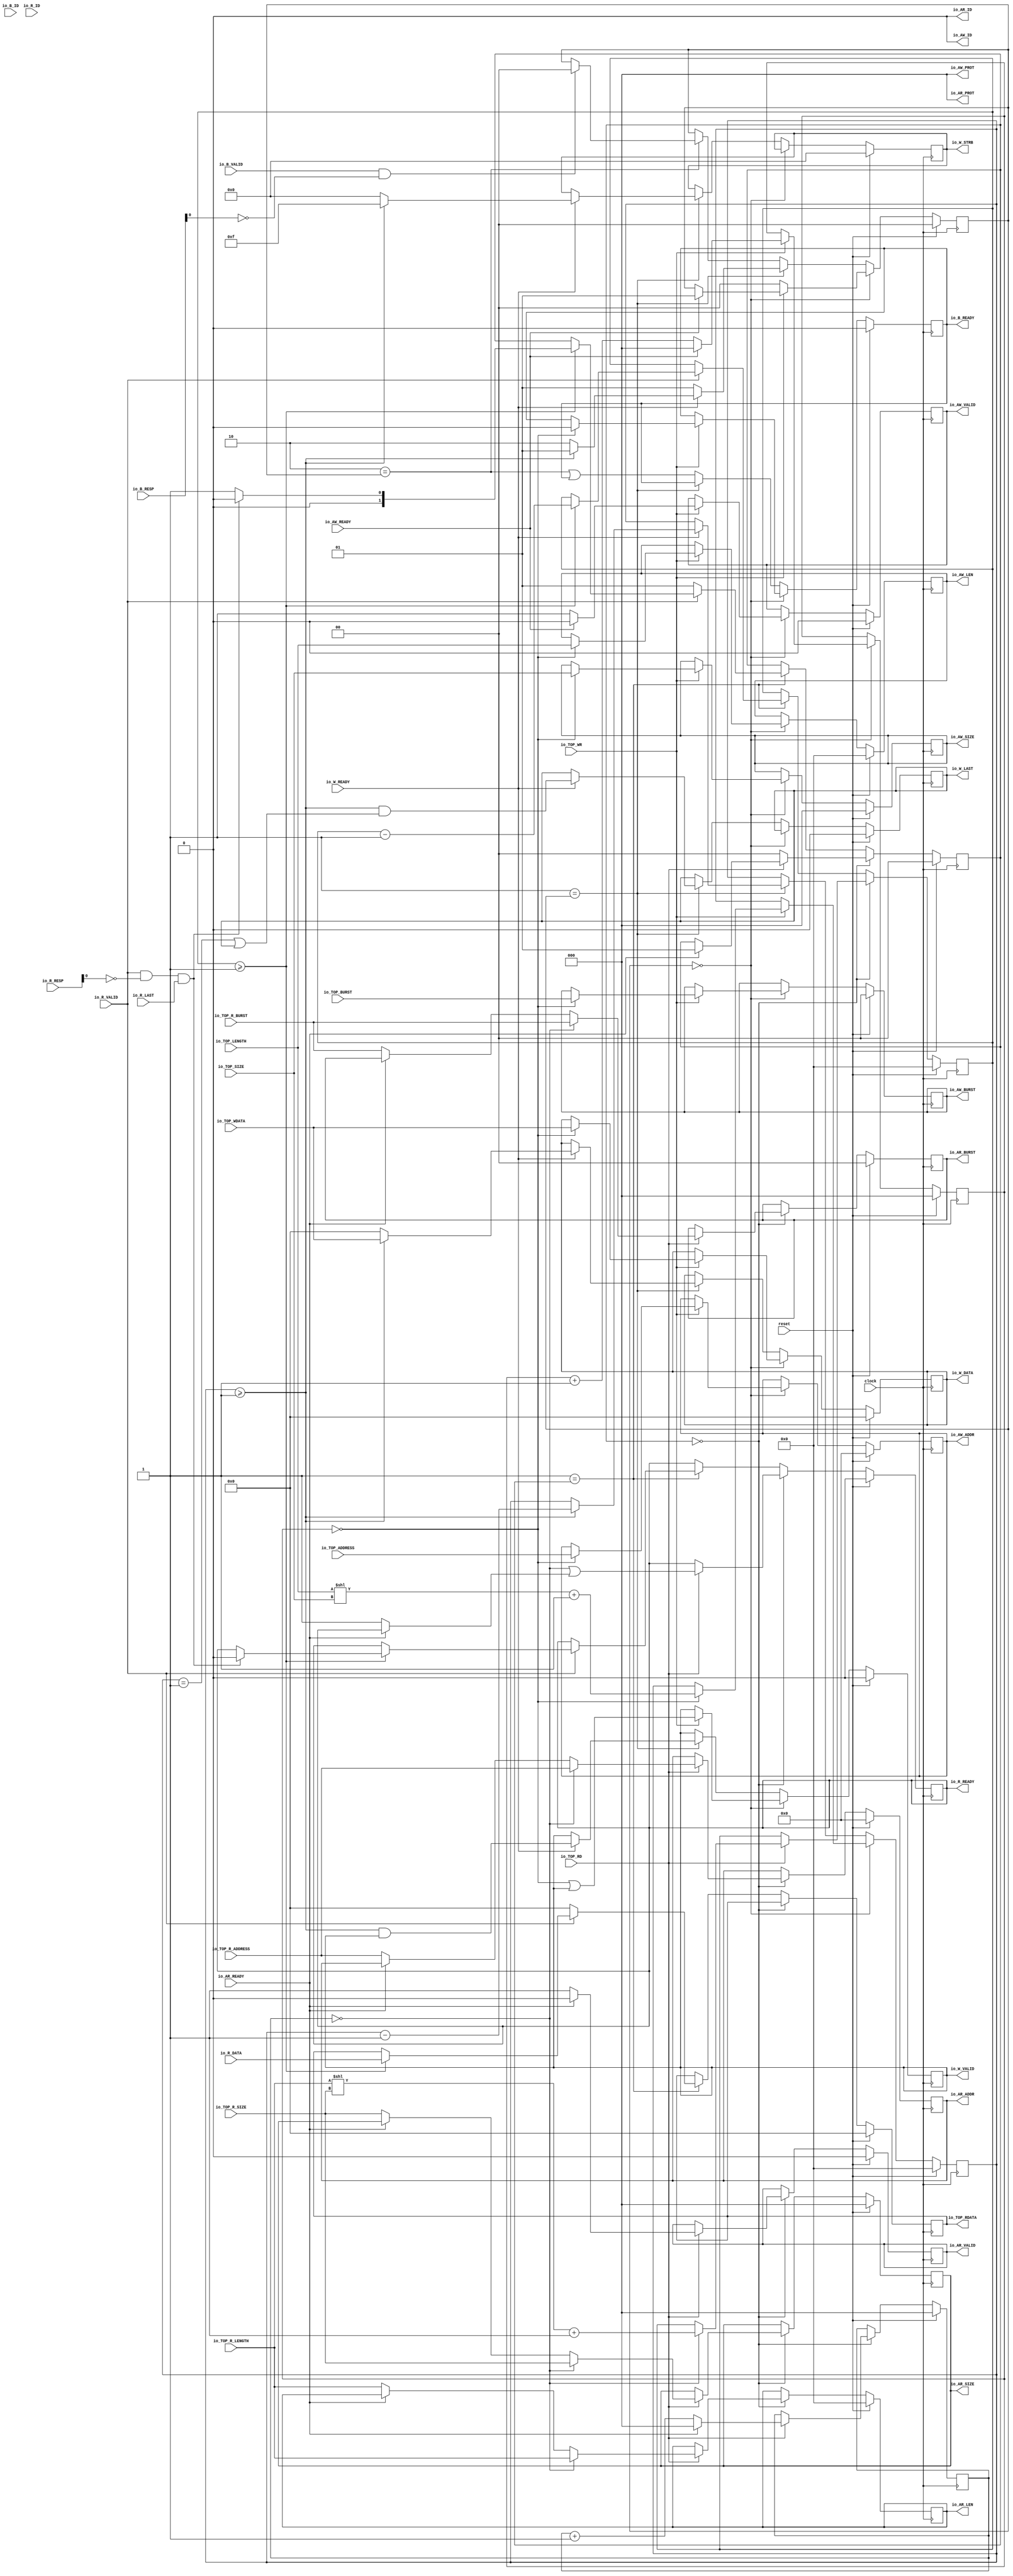
module Top(
  input         clock,
  input         reset,
  input         io_TOP_WR,
  input         io_TOP_RD,
  input  [5:0]  io_TOP_ADDRESS,
  input  [31:0] io_TOP_WDATA,
  input  [7:0]  io_TOP_LENGTH,
  input  [1:0]  io_TOP_BURST,
  input  [2:0]  io_TOP_SIZE,
  output [31:0] io_TOP_RDATA,
  input  [5:0]  io_TOP_R_ADDRESS,
  input  [7:0]  io_TOP_R_LENGTH,
  input  [1:0]  io_TOP_R_BURST,
  input  [2:0]  io_TOP_R_SIZE,
  output [1:0]  io_AW_BURST,
  output [5:0]  io_AW_ADDR,
  output [7:0]  io_AW_LEN,
  output [2:0]  io_AW_SIZE,
  output        io_AW_ID,
  input         io_AW_READY,
  output        io_AW_VALID,
  output [2:0]  io_AW_PROT,
  output [31:0] io_W_DATA,
  output        io_W_LAST,
  output [3:0]  io_W_STRB,
  input         io_W_READY,
  output        io_W_VALID,
  input         io_B_ID,
  input  [1:0]  io_B_RESP,
  output        io_B_READY,
  input         io_B_VALID,
  output [1:0]  io_AR_BURST,
  output [5:0]  io_AR_ADDR,
  output [7:0]  io_AR_LEN,
  output [2:0]  io_AR_SIZE,
  output        io_AR_ID,
  input         io_AR_READY,
  output        io_AR_VALID,
  output [2:0]  io_AR_PROT,
  input  [31:0] io_R_DATA,
  input         io_R_LAST,
  input         io_R_ID,
  input  [1:0]  io_R_RESP,
  output        io_R_READY,
  input         io_R_VALID
);
`ifdef RANDOMIZE_REG_INIT
  reg [31:0] _RAND_0;
  reg [31:0] _RAND_1;
  reg [31:0] _RAND_2;
  reg [31:0] _RAND_3;
  reg [31:0] _RAND_4;
  reg [31:0] _RAND_5;
  reg [31:0] _RAND_6;
  reg [31:0] _RAND_7;
  reg [31:0] _RAND_8;
  reg [31:0] _RAND_9;
  reg [31:0] _RAND_10;
  reg [31:0] _RAND_11;
  reg [31:0] _RAND_12;
  reg [31:0] _RAND_13;
  reg [31:0] _RAND_14;
  reg [31:0] _RAND_15;
  reg [31:0] _RAND_16;
  reg [31:0] _RAND_17;
  reg [31:0] _RAND_18;
  reg [31:0] _RAND_19;
  reg [31:0] _RAND_20;
  reg [31:0] _RAND_21;
  reg [31:0] _RAND_22;
`endif // RANDOMIZE_REG_INIT
  reg [1:0] r_AW_BURST; // @[Main.scala 72:33]
  reg [5:0] r_AW_ADDR; // @[Main.scala 73:33]
  reg [7:0] r_AW_LEN; // @[Main.scala 74:33]
  reg [2:0] r_AW_SIZE; // @[Main.scala 75:33]
  reg  r_AW_VALID; // @[Main.scala 77:33]
  reg [31:0] r_W_DATA; // @[Main.scala 81:33]
  reg  r_W_LAST; // @[Main.scala 82:33]
  reg [3:0] r_W_STRB; // @[Main.scala 83:33]
  reg  r_W_VALID; // @[Main.scala 84:33]
  reg  r_B_READY; // @[Main.scala 87:33]
  reg [1:0] r_AR_BURST; // @[Main.scala 90:33]
  reg [5:0] r_AR_ADDR; // @[Main.scala 91:33]
  reg [7:0] r_AR_LEN; // @[Main.scala 92:33]
  reg [2:0] r_AR_SIZE; // @[Main.scala 93:33]
  reg  r_AR_VALID; // @[Main.scala 96:33]
  reg [31:0] r_R_RDATA; // @[Main.scala 100:34]
  reg  r_R_READY; // @[Main.scala 101:33]
  reg [2:0] r_transaction_cnt; // @[Main.scala 104:44]
  reg [7:0] r_len; // @[Main.scala 105:44]
  reg [2:0] rx_transaction_cnt; // @[Main.scala 109:44]
  reg [7:0] rx_len; // @[Main.scala 110:44]
  wire [1:0] _T = ~io_B_RESP; // @[Main.scala 115:46]
  wire [1:0] _GEN_138 = {{1'd0}, io_B_VALID}; // @[Main.scala 115:44]
  wire [1:0] _T_1 = _GEN_138 & _T; // @[Main.scala 115:44]
  wire [1:0] _T_2 = ~io_R_RESP; // @[Main.scala 118:46]
  wire [1:0] _GEN_139 = {{1'd0}, io_R_VALID}; // @[Main.scala 118:44]
  wire [1:0] _T_3 = _GEN_139 & _T_2; // @[Main.scala 118:44]
  wire [1:0] _GEN_140 = {{1'd0}, io_R_LAST}; // @[Main.scala 118:57]
  wire [1:0] _T_4 = _T_3 & _GEN_140; // @[Main.scala 118:57]
  reg [1:0] state; // @[Main.scala 125:28]
  wire  _T_7 = 2'h0 == state; // @[Conditional.scala 37:30]
  wire  _T_9 = r_transaction_cnt == 3'h0; // @[Main.scala 131:45]
  wire [14:0] _GEN_141 = {{7'd0}, io_TOP_LENGTH}; // @[Main.scala 138:55]
  wire [14:0] _T_10 = _GEN_141 << io_TOP_SIZE; // @[Main.scala 138:55]
  wire [14:0] _T_12 = _T_10 + 15'h1; // @[Main.scala 138:72]
  wire [2:0] _T_15 = r_transaction_cnt + 3'h1; // @[Main.scala 149:68]
  wire [14:0] _GEN_18 = _T_9 ? _T_12 : {{7'd0}, r_len}; // @[Main.scala 131:53]
  wire  _GEN_21 = _T_9 | r_W_VALID; // @[Main.scala 131:53]
  wire [14:0] _GEN_31 = io_TOP_WR ? _GEN_18 : {{7'd0}, r_len}; // @[Main.scala 130:41]
  wire  _T_21 = 2'h1 == state; // @[Conditional.scala 37:30]
  wire  _T_23 = r_len >= 8'h1; // @[Main.scala 175:33]
  wire [7:0] _T_25 = r_len - 8'h1; // @[Main.scala 176:45]
  wire  _T_26 = r_len == 8'h1; // @[Main.scala 180:37]
  wire  _GEN_39 = _T_26 | r_W_LAST; // @[Main.scala 180:45]
  wire [7:0] _GEN_40 = _T_23 ? _T_25 : r_len; // @[Main.scala 175:41]
  wire  _GEN_44 = _T_23 & _GEN_39; // @[Main.scala 175:41]
  wire  _GEN_45 = _T_23 & r_W_VALID; // @[Main.scala 175:41]
  wire [7:0] _GEN_46 = io_W_READY ? _GEN_40 : r_len; // @[Main.scala 174:42]
  wire  _T_29 = 2'h2 == state; // @[Conditional.scala 37:30]
  wire  write_response_ready = _T_1[0]; // @[Main.scala 106:41 Main.scala 114:30 Main.scala 115:30]
  wire  _GEN_53 = _T_29 | r_B_READY; // @[Conditional.scala 39:67]
  wire [7:0] _GEN_55 = _T_21 ? _GEN_46 : r_len; // @[Conditional.scala 39:67]
  wire [14:0] _GEN_67 = _T_7 ? _GEN_31 : {{7'd0}, _GEN_55}; // @[Conditional.scala 40:58]
  reg [1:0] rx_state; // @[Main.scala 212:31]
  wire  _T_33 = 2'h0 == rx_state; // @[Conditional.scala 37:30]
  wire  _T_35 = rx_transaction_cnt == 3'h0; // @[Main.scala 218:45]
  wire [14:0] _GEN_142 = {{7'd0}, io_TOP_R_LENGTH}; // @[Main.scala 224:56]
  wire [14:0] _T_36 = _GEN_142 << io_TOP_R_SIZE; // @[Main.scala 224:56]
  wire [14:0] _T_38 = _T_36 + 15'h1; // @[Main.scala 224:74]
  wire [2:0] _T_41 = rx_transaction_cnt + 3'h1; // @[Main.scala 234:70]
  wire  _GEN_87 = io_AR_READY ? r_R_READY : 1'h1; // @[Main.scala 237:50]
  wire [14:0] _GEN_94 = _T_35 ? _T_38 : {{7'd0}, rx_len}; // @[Main.scala 218:54]
  wire  _GEN_96 = _T_35 | _GEN_87; // @[Main.scala 218:54]
  wire [14:0] _GEN_105 = io_TOP_RD ? _GEN_94 : {{7'd0}, rx_len}; // @[Main.scala 217:41]
  wire  _T_47 = 2'h1 == rx_state; // @[Conditional.scala 37:30]
  wire  _T_49 = rx_len >= 8'h1; // @[Main.scala 260:34]
  wire [7:0] _T_51 = rx_len - 8'h1; // @[Main.scala 261:45]
  wire  read_response_ready = _T_4[0]; // @[Main.scala 111:40 Main.scala 117:30 Main.scala 118:30]
  wire  _GEN_113 = read_response_ready ? 1'h0 : 1'h1; // @[Main.scala 264:59]
  wire [7:0] _GEN_114 = _T_49 ? _T_51 : rx_len; // @[Main.scala 260:41]
  wire [7:0] _GEN_118 = io_R_VALID ? _GEN_114 : rx_len; // @[Main.scala 259:41]
  wire [7:0] _GEN_122 = _T_47 ? _GEN_118 : rx_len; // @[Conditional.scala 39:67]
  wire [14:0] _GEN_130 = _T_33 ? _GEN_105 : {{7'd0}, _GEN_122}; // @[Conditional.scala 40:58]
  assign io_TOP_RDATA = r_R_RDATA; // @[Main.scala 309:22]
  assign io_AW_BURST = r_AW_BURST; // @[Main.scala 279:21]
  assign io_AW_ADDR = r_AW_ADDR; // @[Main.scala 280:21]
  assign io_AW_LEN = r_AW_LEN; // @[Main.scala 281:21]
  assign io_AW_SIZE = r_AW_SIZE; // @[Main.scala 282:21]
  assign io_AW_ID = 1'h0; // @[Main.scala 283:21]
  assign io_AW_VALID = r_AW_VALID; // @[Main.scala 284:21]
  assign io_AW_PROT = 3'h0; // @[Main.scala 285:21]
  assign io_W_DATA = r_W_DATA; // @[Main.scala 288:21]
  assign io_W_LAST = r_W_LAST; // @[Main.scala 289:21]
  assign io_W_STRB = r_W_STRB; // @[Main.scala 290:21]
  assign io_W_VALID = r_W_VALID; // @[Main.scala 291:21]
  assign io_B_READY = r_B_READY; // @[Main.scala 294:21]
  assign io_AR_BURST = r_AR_BURST; // @[Main.scala 297:21]
  assign io_AR_ADDR = r_AR_ADDR; // @[Main.scala 298:21]
  assign io_AR_LEN = r_AR_LEN; // @[Main.scala 299:21]
  assign io_AR_SIZE = r_AR_SIZE; // @[Main.scala 300:21]
  assign io_AR_ID = 1'h0; // @[Main.scala 301:21]
  assign io_AR_VALID = r_AR_VALID; // @[Main.scala 302:21]
  assign io_AR_PROT = 3'h0; // @[Main.scala 303:21]
  assign io_R_READY = r_R_READY; // @[Main.scala 306:22]
`ifdef RANDOMIZE_GARBAGE_ASSIGN
`define RANDOMIZE
`endif
`ifdef RANDOMIZE_INVALID_ASSIGN
`define RANDOMIZE
`endif
`ifdef RANDOMIZE_REG_INIT
`define RANDOMIZE
`endif
`ifdef RANDOMIZE_MEM_INIT
`define RANDOMIZE
`endif
`ifndef RANDOM
`define RANDOM $random
`endif
`ifdef RANDOMIZE_MEM_INIT
  integer initvar;
`endif
`ifndef SYNTHESIS
`ifdef FIRRTL_BEFORE_INITIAL
`FIRRTL_BEFORE_INITIAL
`endif
initial begin
  `ifdef RANDOMIZE
    `ifdef INIT_RANDOM
      `INIT_RANDOM
    `endif
    `ifndef VERILATOR
      `ifdef RANDOMIZE_DELAY
        #`RANDOMIZE_DELAY begin end
      `else
        #0.002 begin end
      `endif
    `endif
`ifdef RANDOMIZE_REG_INIT
  _RAND_0 = {1{`RANDOM}};
  r_AW_BURST = _RAND_0[1:0];
  _RAND_1 = {1{`RANDOM}};
  r_AW_ADDR = _RAND_1[5:0];
  _RAND_2 = {1{`RANDOM}};
  r_AW_LEN = _RAND_2[7:0];
  _RAND_3 = {1{`RANDOM}};
  r_AW_SIZE = _RAND_3[2:0];
  _RAND_4 = {1{`RANDOM}};
  r_AW_VALID = _RAND_4[0:0];
  _RAND_5 = {1{`RANDOM}};
  r_W_DATA = _RAND_5[31:0];
  _RAND_6 = {1{`RANDOM}};
  r_W_LAST = _RAND_6[0:0];
  _RAND_7 = {1{`RANDOM}};
  r_W_STRB = _RAND_7[3:0];
  _RAND_8 = {1{`RANDOM}};
  r_W_VALID = _RAND_8[0:0];
  _RAND_9 = {1{`RANDOM}};
  r_B_READY = _RAND_9[0:0];
  _RAND_10 = {1{`RANDOM}};
  r_AR_BURST = _RAND_10[1:0];
  _RAND_11 = {1{`RANDOM}};
  r_AR_ADDR = _RAND_11[5:0];
  _RAND_12 = {1{`RANDOM}};
  r_AR_LEN = _RAND_12[7:0];
  _RAND_13 = {1{`RANDOM}};
  r_AR_SIZE = _RAND_13[2:0];
  _RAND_14 = {1{`RANDOM}};
  r_AR_VALID = _RAND_14[0:0];
  _RAND_15 = {1{`RANDOM}};
  r_R_RDATA = _RAND_15[31:0];
  _RAND_16 = {1{`RANDOM}};
  r_R_READY = _RAND_16[0:0];
  _RAND_17 = {1{`RANDOM}};
  r_transaction_cnt = _RAND_17[2:0];
  _RAND_18 = {1{`RANDOM}};
  r_len = _RAND_18[7:0];
  _RAND_19 = {1{`RANDOM}};
  rx_transaction_cnt = _RAND_19[2:0];
  _RAND_20 = {1{`RANDOM}};
  rx_len = _RAND_20[7:0];
  _RAND_21 = {1{`RANDOM}};
  state = _RAND_21[1:0];
  _RAND_22 = {1{`RANDOM}};
  rx_state = _RAND_22[1:0];
`endif // RANDOMIZE_REG_INIT
  `endif // RANDOMIZE
end // initial
`ifdef FIRRTL_AFTER_INITIAL
`FIRRTL_AFTER_INITIAL
`endif
`endif // SYNTHESIS
  always @(posedge clock) begin
    if (reset) begin
      r_AW_BURST <= 2'h0;
    end else if (_T_7) begin
      if (io_TOP_WR) begin
        if (_T_9) begin
          r_AW_BURST <= io_TOP_BURST;
        end
      end
    end
    if (reset) begin
      r_AW_ADDR <= 6'h0;
    end else if (_T_7) begin
      if (io_TOP_WR) begin
        if (_T_9) begin
          r_AW_ADDR <= io_TOP_ADDRESS;
        end
      end
    end
    if (reset) begin
      r_AW_LEN <= 8'h0;
    end else if (_T_7) begin
      if (io_TOP_WR) begin
        if (_T_9) begin
          r_AW_LEN <= io_TOP_LENGTH;
        end
      end
    end
    if (reset) begin
      r_AW_SIZE <= 3'h0;
    end else if (_T_7) begin
      if (io_TOP_WR) begin
        if (_T_9) begin
          r_AW_SIZE <= io_TOP_SIZE;
        end
      end
    end
    if (reset) begin
      r_AW_VALID <= 1'h0;
    end else if (_T_7) begin
      if (io_TOP_WR) begin
        if (_T_9) begin
          if (io_AW_READY) begin
            r_AW_VALID <= 1'h0;
          end else begin
            r_AW_VALID <= 1'h1;
          end
        end else if (io_AW_READY) begin
          r_AW_VALID <= 1'h0;
        end else begin
          r_AW_VALID <= 1'h1;
        end
      end
    end
    if (reset) begin
      r_W_DATA <= 32'h0;
    end else if (_T_7) begin
      if (io_TOP_WR) begin
        if (_T_9) begin
          r_W_DATA <= io_TOP_WDATA;
        end
      end
    end else if (_T_21) begin
      if (io_W_READY) begin
        if (_T_23) begin
          r_W_DATA <= io_TOP_WDATA;
        end else begin
          r_W_DATA <= 32'h0;
        end
      end
    end
    if (reset) begin
      r_W_LAST <= 1'h0;
    end else if (!(_T_7)) begin
      if (_T_21) begin
        if (io_W_READY) begin
          r_W_LAST <= _GEN_44;
        end
      end
    end
    if (reset) begin
      r_W_STRB <= 4'h0;
    end else if (!(_T_7)) begin
      if (_T_21) begin
        if (io_W_READY) begin
          if (_T_23) begin
            r_W_STRB <= 4'hf;
          end else begin
            r_W_STRB <= 4'h0;
          end
        end
      end
    end
    if (reset) begin
      r_W_VALID <= 1'h0;
    end else if (_T_7) begin
      if (io_TOP_WR) begin
        r_W_VALID <= _GEN_21;
      end
    end else if (_T_21) begin
      if (io_W_READY) begin
        r_W_VALID <= _GEN_45;
      end
    end
    if (reset) begin
      r_B_READY <= 1'h0;
    end else if (_T_7) begin
      if (io_TOP_WR) begin
        if (_T_9) begin
          r_B_READY <= 1'h0;
        end
      end
    end else if (!(_T_21)) begin
      r_B_READY <= _GEN_53;
    end
    if (reset) begin
      r_AR_BURST <= 2'h0;
    end else if (_T_33) begin
      if (io_TOP_RD) begin
        if (_T_35) begin
          r_AR_BURST <= io_TOP_R_BURST;
        end else if (!(io_AR_READY)) begin
          r_AR_BURST <= io_TOP_R_BURST;
        end
      end
    end
    if (reset) begin
      r_AR_ADDR <= 6'h0;
    end else if (_T_33) begin
      if (io_TOP_RD) begin
        if (_T_35) begin
          r_AR_ADDR <= io_TOP_R_ADDRESS;
        end else if (!(io_AR_READY)) begin
          r_AR_ADDR <= io_TOP_R_ADDRESS;
        end
      end
    end
    if (reset) begin
      r_AR_LEN <= 8'h0;
    end else if (_T_33) begin
      if (io_TOP_RD) begin
        if (_T_35) begin
          r_AR_LEN <= io_TOP_R_LENGTH;
        end else if (!(io_AR_READY)) begin
          r_AR_LEN <= io_TOP_R_LENGTH;
        end
      end
    end
    if (reset) begin
      r_AR_SIZE <= 3'h0;
    end else if (_T_33) begin
      if (io_TOP_RD) begin
        if (_T_35) begin
          r_AR_SIZE <= io_TOP_R_SIZE;
        end else if (!(io_AR_READY)) begin
          r_AR_SIZE <= io_TOP_R_SIZE;
        end
      end
    end
    if (reset) begin
      r_AR_VALID <= 1'h0;
    end else if (_T_33) begin
      if (io_TOP_RD) begin
        if (_T_35) begin
          if (io_AR_READY) begin
            r_AR_VALID <= 1'h0;
          end else begin
            r_AR_VALID <= 1'h1;
          end
        end else if (io_AR_READY) begin
          r_AR_VALID <= 1'h0;
        end else begin
          r_AR_VALID <= 1'h1;
        end
      end
    end
    if (reset) begin
      r_R_RDATA <= 32'h0;
    end else if (!(_T_33)) begin
      if (_T_47) begin
        if (io_R_VALID) begin
          if (_T_49) begin
            r_R_RDATA <= io_R_DATA;
          end
        end else begin
          r_R_RDATA <= 32'h0;
        end
      end
    end
    if (reset) begin
      r_R_READY <= 1'h0;
    end else if (_T_33) begin
      if (io_TOP_RD) begin
        r_R_READY <= _GEN_96;
      end
    end else if (_T_47) begin
      if (io_R_VALID) begin
        if (_T_49) begin
          if (read_response_ready) begin
            r_R_READY <= 1'h0;
          end
        end
      end
    end
    if (reset) begin
      r_transaction_cnt <= 3'h0;
    end else if (_T_7) begin
      if (io_TOP_WR) begin
        if (_T_9) begin
          if (io_AW_READY) begin
            r_transaction_cnt <= 3'h0;
          end else begin
            r_transaction_cnt <= _T_15;
          end
        end else if (io_AW_READY) begin
          r_transaction_cnt <= 3'h0;
        end else begin
          r_transaction_cnt <= _T_15;
        end
      end
    end
    if (reset) begin
      r_len <= 8'h0;
    end else begin
      r_len <= _GEN_67[7:0];
    end
    if (reset) begin
      rx_transaction_cnt <= 3'h0;
    end else if (_T_33) begin
      if (io_TOP_RD) begin
        if (_T_35) begin
          if (io_AR_READY) begin
            rx_transaction_cnt <= 3'h0;
          end else begin
            rx_transaction_cnt <= _T_41;
          end
        end else if (io_AR_READY) begin
          rx_transaction_cnt <= 3'h0;
        end else begin
          rx_transaction_cnt <= _T_41;
        end
      end
    end
    if (reset) begin
      rx_len <= 8'h0;
    end else begin
      rx_len <= _GEN_130[7:0];
    end
    if (reset) begin
      state <= 2'h0;
    end else if (_T_7) begin
      if (io_TOP_WR) begin
        if (_T_9) begin
          if (io_AW_READY) begin
            state <= 2'h1;
          end
        end else if (io_AW_READY) begin
          state <= 2'h1;
        end
      end else begin
        state <= 2'h0;
      end
    end else if (_T_21) begin
      if (io_W_READY) begin
        if (_T_23) begin
          state <= 2'h1;
        end else begin
          state <= 2'h2;
        end
      end else begin
        state <= 2'h1;
      end
    end else if (_T_29) begin
      if (write_response_ready) begin
        state <= 2'h0;
      end
    end
    if (reset) begin
      rx_state <= 2'h0;
    end else if (_T_33) begin
      if (io_TOP_RD) begin
        if (_T_35) begin
          if (io_AR_READY) begin
            rx_state <= 2'h1;
          end
        end else if (io_AR_READY) begin
          rx_state <= 2'h1;
        end
      end else begin
        rx_state <= 2'h0;
      end
    end else if (_T_47) begin
      if (io_R_VALID) begin
        if (_T_49) begin
          rx_state <= {{1'd0}, _GEN_113};
        end
      end else begin
        rx_state <= 2'h1;
      end
    end
  end
endmodule